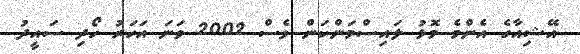
އޭޝިއާގެ އެންމެ މޮޅު ލައިސްމަންކަން ވެސް 2002 ވަނަ އަހަރު ހޯދި ސައީދު